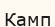
Камп